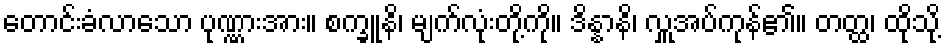
တောင်းခံလာသော ပုဏ္ဏားအား။ စက္ခူနိ၊ မျက်လုံးတို့ကို။ ဒိန္နာနိ၊ လှူအပ်ကုန်၏။ တတ္ထ၊ ထိုသို့